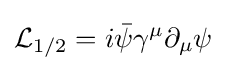
{\mathcal {L}}_{1/2}=i{\bar {\psi }}\gamma ^{\mu }\partial _{\mu }\psi